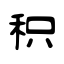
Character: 积